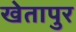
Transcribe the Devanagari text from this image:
खेतापुर